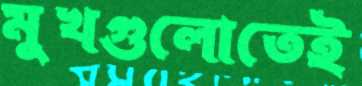
মুখগুলোতেই